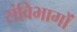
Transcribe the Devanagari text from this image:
संविभागों